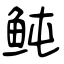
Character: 鲀